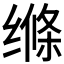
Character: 𮶃